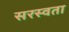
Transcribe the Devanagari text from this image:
सरस्वता